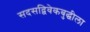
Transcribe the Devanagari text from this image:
सदसद्विवेकबुद्धीला